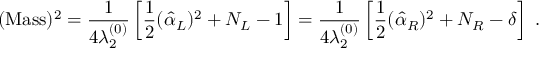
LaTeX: ( \mathrm { M a s s } ) ^ { 2 } = { \frac { 1 } { 4 \lambda _ { 2 } ^ { ( 0 ) } } } \left[ { \frac { 1 } { 2 } } ( \hat { \alpha } _ { L } ) ^ { 2 } + N _ { L } - 1 \right] = { \frac { 1 } { 4 \lambda _ { 2 } ^ { ( 0 ) } } } \left[ { \frac { 1 } { 2 } } ( \hat { \alpha } _ { R } ) ^ { 2 } + N _ { R } - \delta \right] ~ .